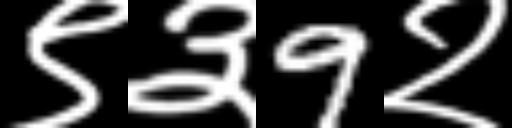
Text: ९३9२